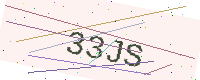
Text: 33JS